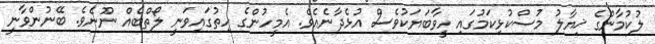
ލުކުމާންގެ ޚިޔާލު މުސްކުޅިކަމުގައި ހީވާބަޔަކުވެސް އުޅެދާނެއެވެ. އެމީހުންގެ ހިތުގައިވަނީ ލޯތްބެއް ނޫނެވެ. ބޭނުންވާނީ